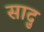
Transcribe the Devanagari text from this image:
सादु